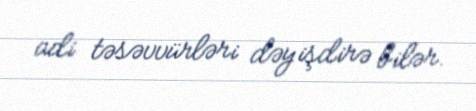
adi təsəvvürləri dəyişdirə bilər.